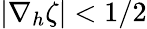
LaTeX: |\nabla_{h}\zeta|<1/2